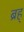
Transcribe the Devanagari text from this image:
ब्रह्